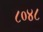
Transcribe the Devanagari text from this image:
८०४८